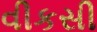
વીકસી